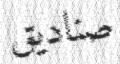
صناديق